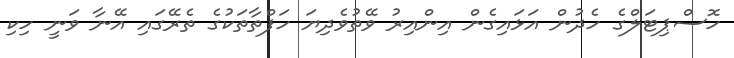
ހޮސްޕިޓަލްގެ ހެދުން އަޅައިގެން އިންއިރު ވޭތުވެދިޔަ ހަފްތާތަކުގެ ތެރޭގައި އޭނާ ވަނީ ހިކި